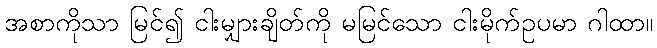
အစာကိုသာ မြင်၍ ငါးမျှားချိတ်ကို မမြင်သော ငါးမိုက်ဥပမာ ဂါထာ။